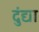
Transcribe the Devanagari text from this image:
दुंद्या